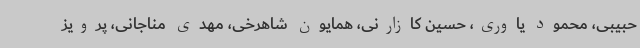
حبیبی، محمود یاوری، حسین کازارنی، همایون شاهرخی، مهدی مناجانی، پرویز